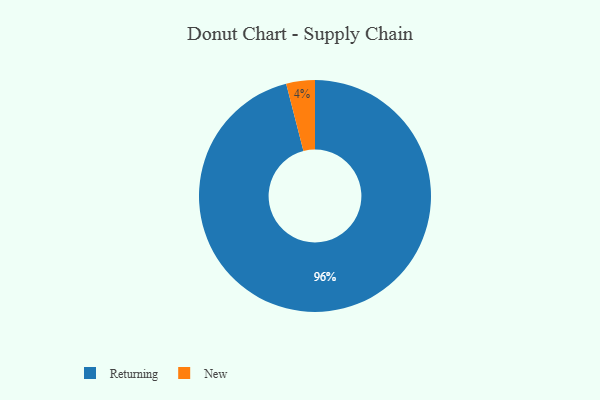
{"axis": {"x": "Category", "y": "Percentage"}, "legend": ["New", "Returning"], "data": [{"x": "New", "y": 4, "type": "New"}, {"x": "Returning", "y": 96, "type": "Returning"}]}